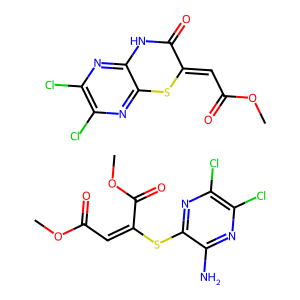
SMILES: COC(=O)C=C(Sc1nc(Cl)c(Cl)nc1N)C(=O)OC.COC(=O)C=C1Sc2nc(Cl)c(Cl)nc2NC1=O
Inhibits HIV replication: No